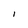
Character: I